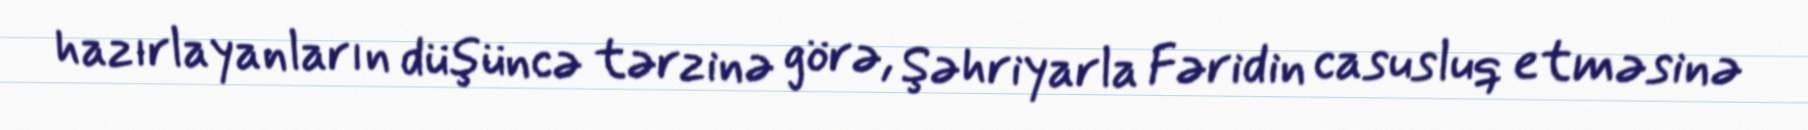
hazırlayanların düşüncə tərzinə görə, Şəhriyarla Fəridin casusluq etməsinə